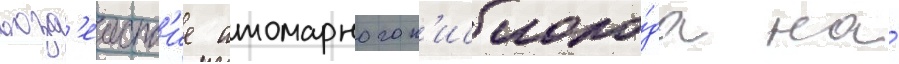
возд'еиств'ие атомарного к'ислоро́да на́